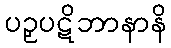
ပဉှပဋိဘာနာနိ